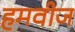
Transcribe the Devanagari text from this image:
हमवीज